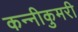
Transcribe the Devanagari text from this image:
कन्नीकुमरी